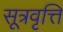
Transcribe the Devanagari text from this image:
सूत्रवृत्ति